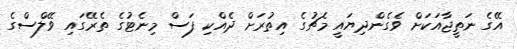
އޭގެ ނަތީޖާއަކަށް ވެގެންދިޔައީ މެޗުގެ އިތުރަށް ދެއްކި ފަސް މިނެޓުގެ ތެރޭގައި ވޭލްސްގެ